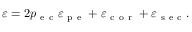
\varepsilon = 2 p _ { \mathrm { ~ e ~ c ~ } } \varepsilon _ { \mathrm { ~ p ~ e ~ } } + \varepsilon _ { \mathrm { ~ c ~ o ~ r ~ } } + \varepsilon _ { \mathrm { ~ s ~ e ~ c ~ } } .